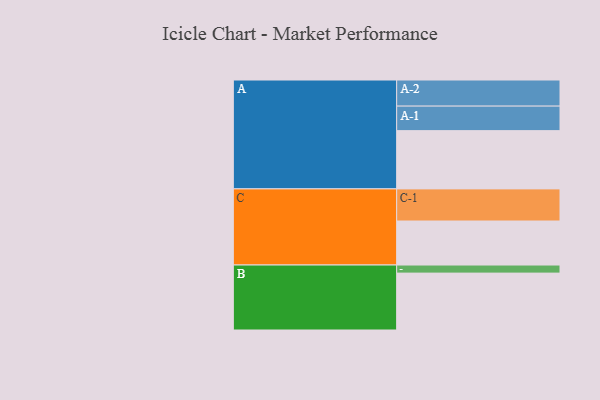
{"axis": {"x": "Segment", "y": "Value"}, "legend": ["", "A", "B", "C"], "data": [{"x": "A", "y": 475, "type": ""}, {"x": "B", "y": 464, "type": ""}, {"x": "C", "y": 359, "type": ""}, {"x": "A-1", "y": 200, "type": "A"}, {"x": "A-2", "y": 213, "type": "A"}, {"x": "B-1", "y": 66, "type": "B"}, {"x": "C-1", "y": 262, "type": "C"}]}